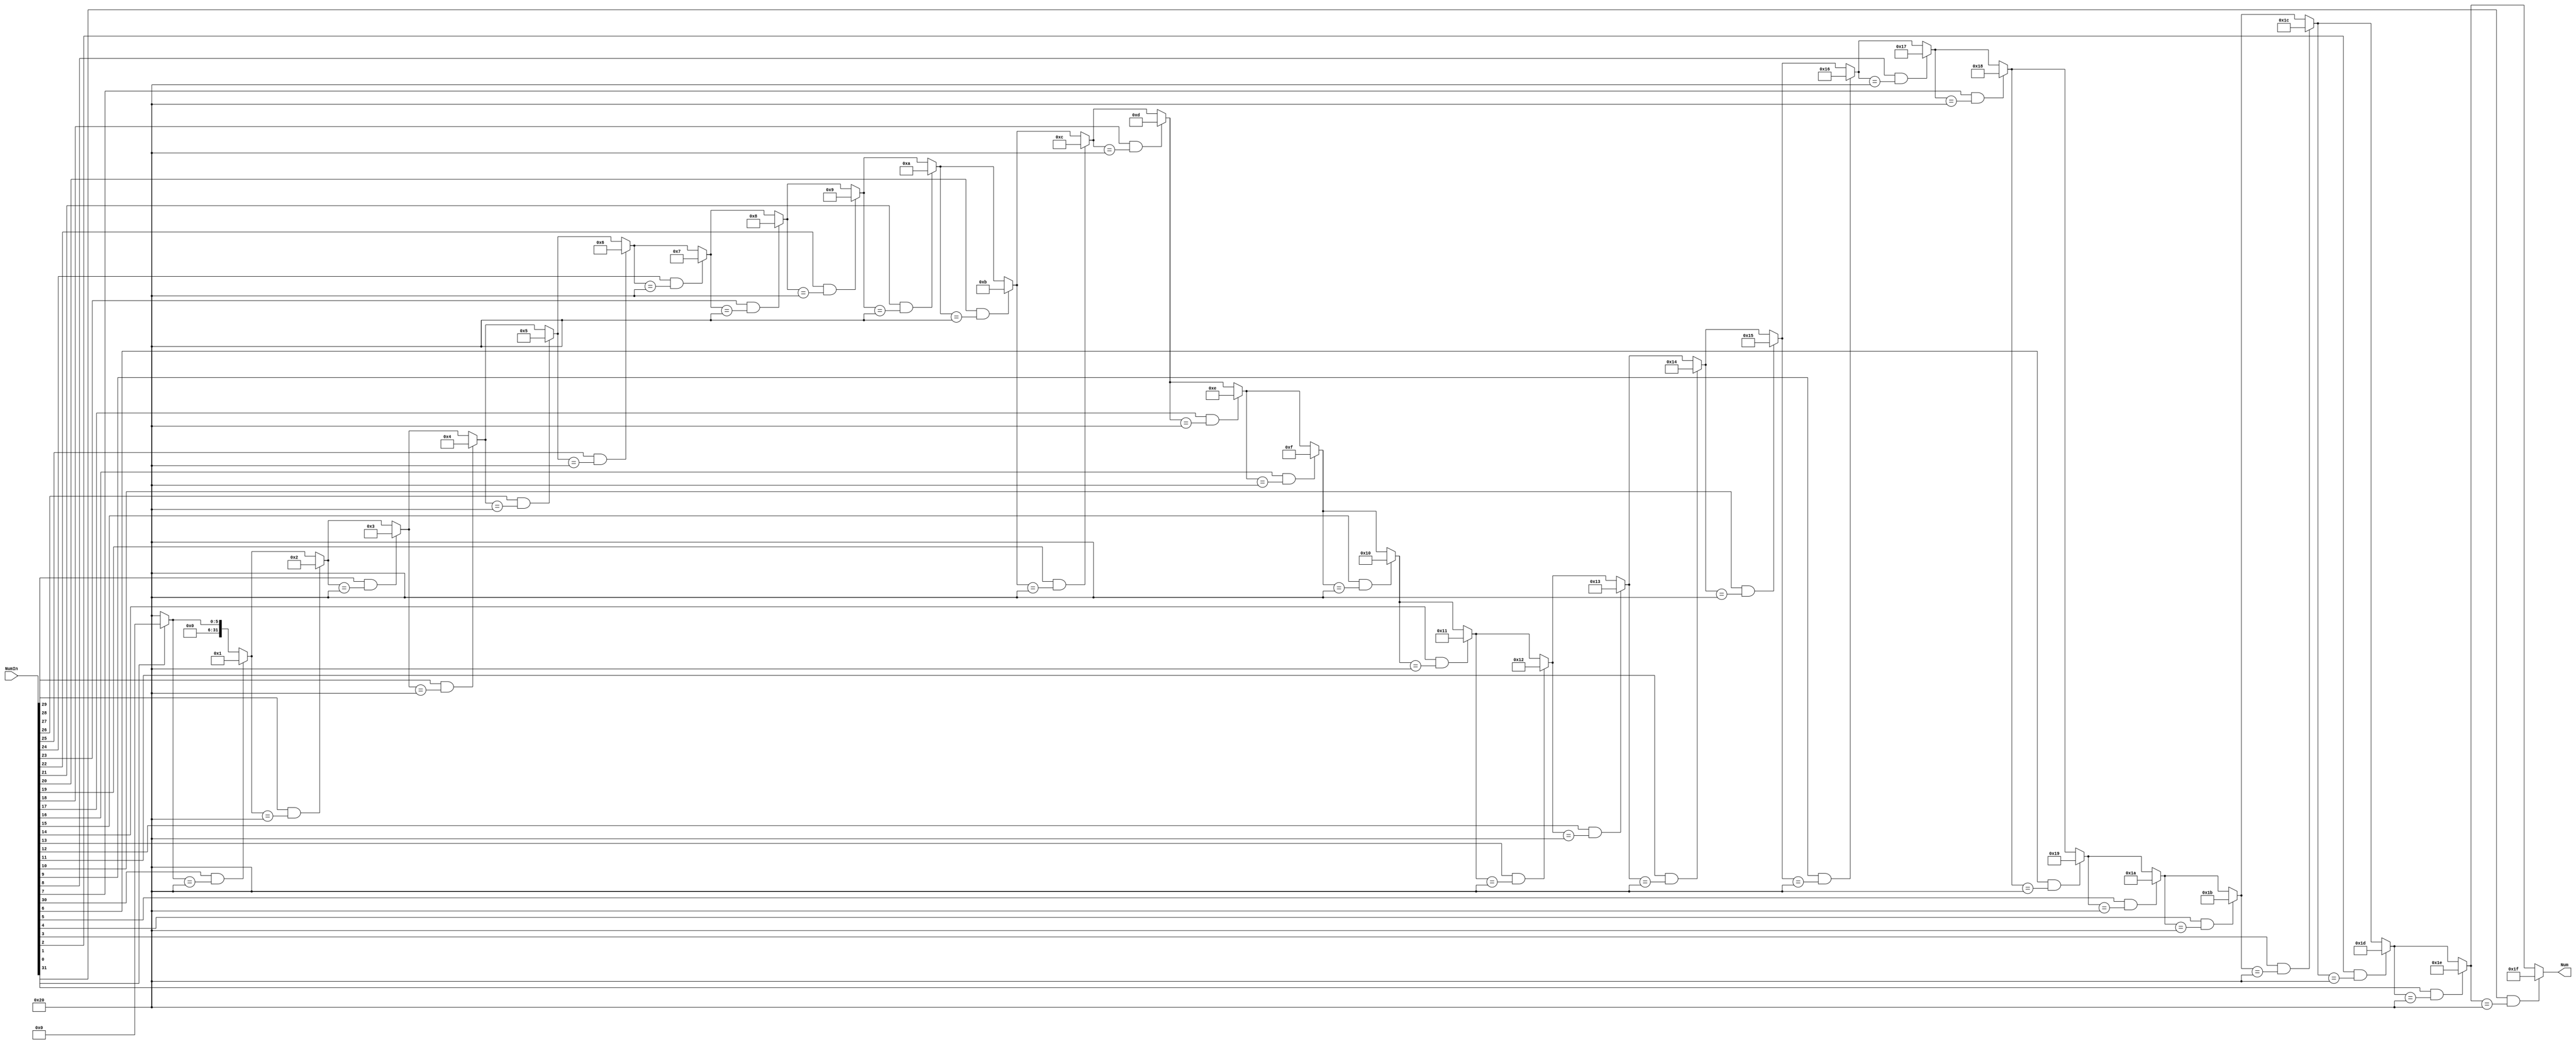
module JudgeBit(NumIn,Num);
input [31:0] NumIn;
output reg[31:0] Num;
integer i = 0;
always@(NumIn)
begin  
    Num = 32; 
    for(i = 31;i >= 0;i = i-1) 
       if(NumIn[i] == 1'b1 && Num == 32) 
            Num = 31 - i; 
end
endmodule